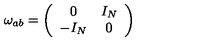
\omega _ { a b } = \left( \begin{array} { c c } { 0 } & { I _ { N } } \\ { - I _ { N } } & { 0 } \\ \end{array} \right)